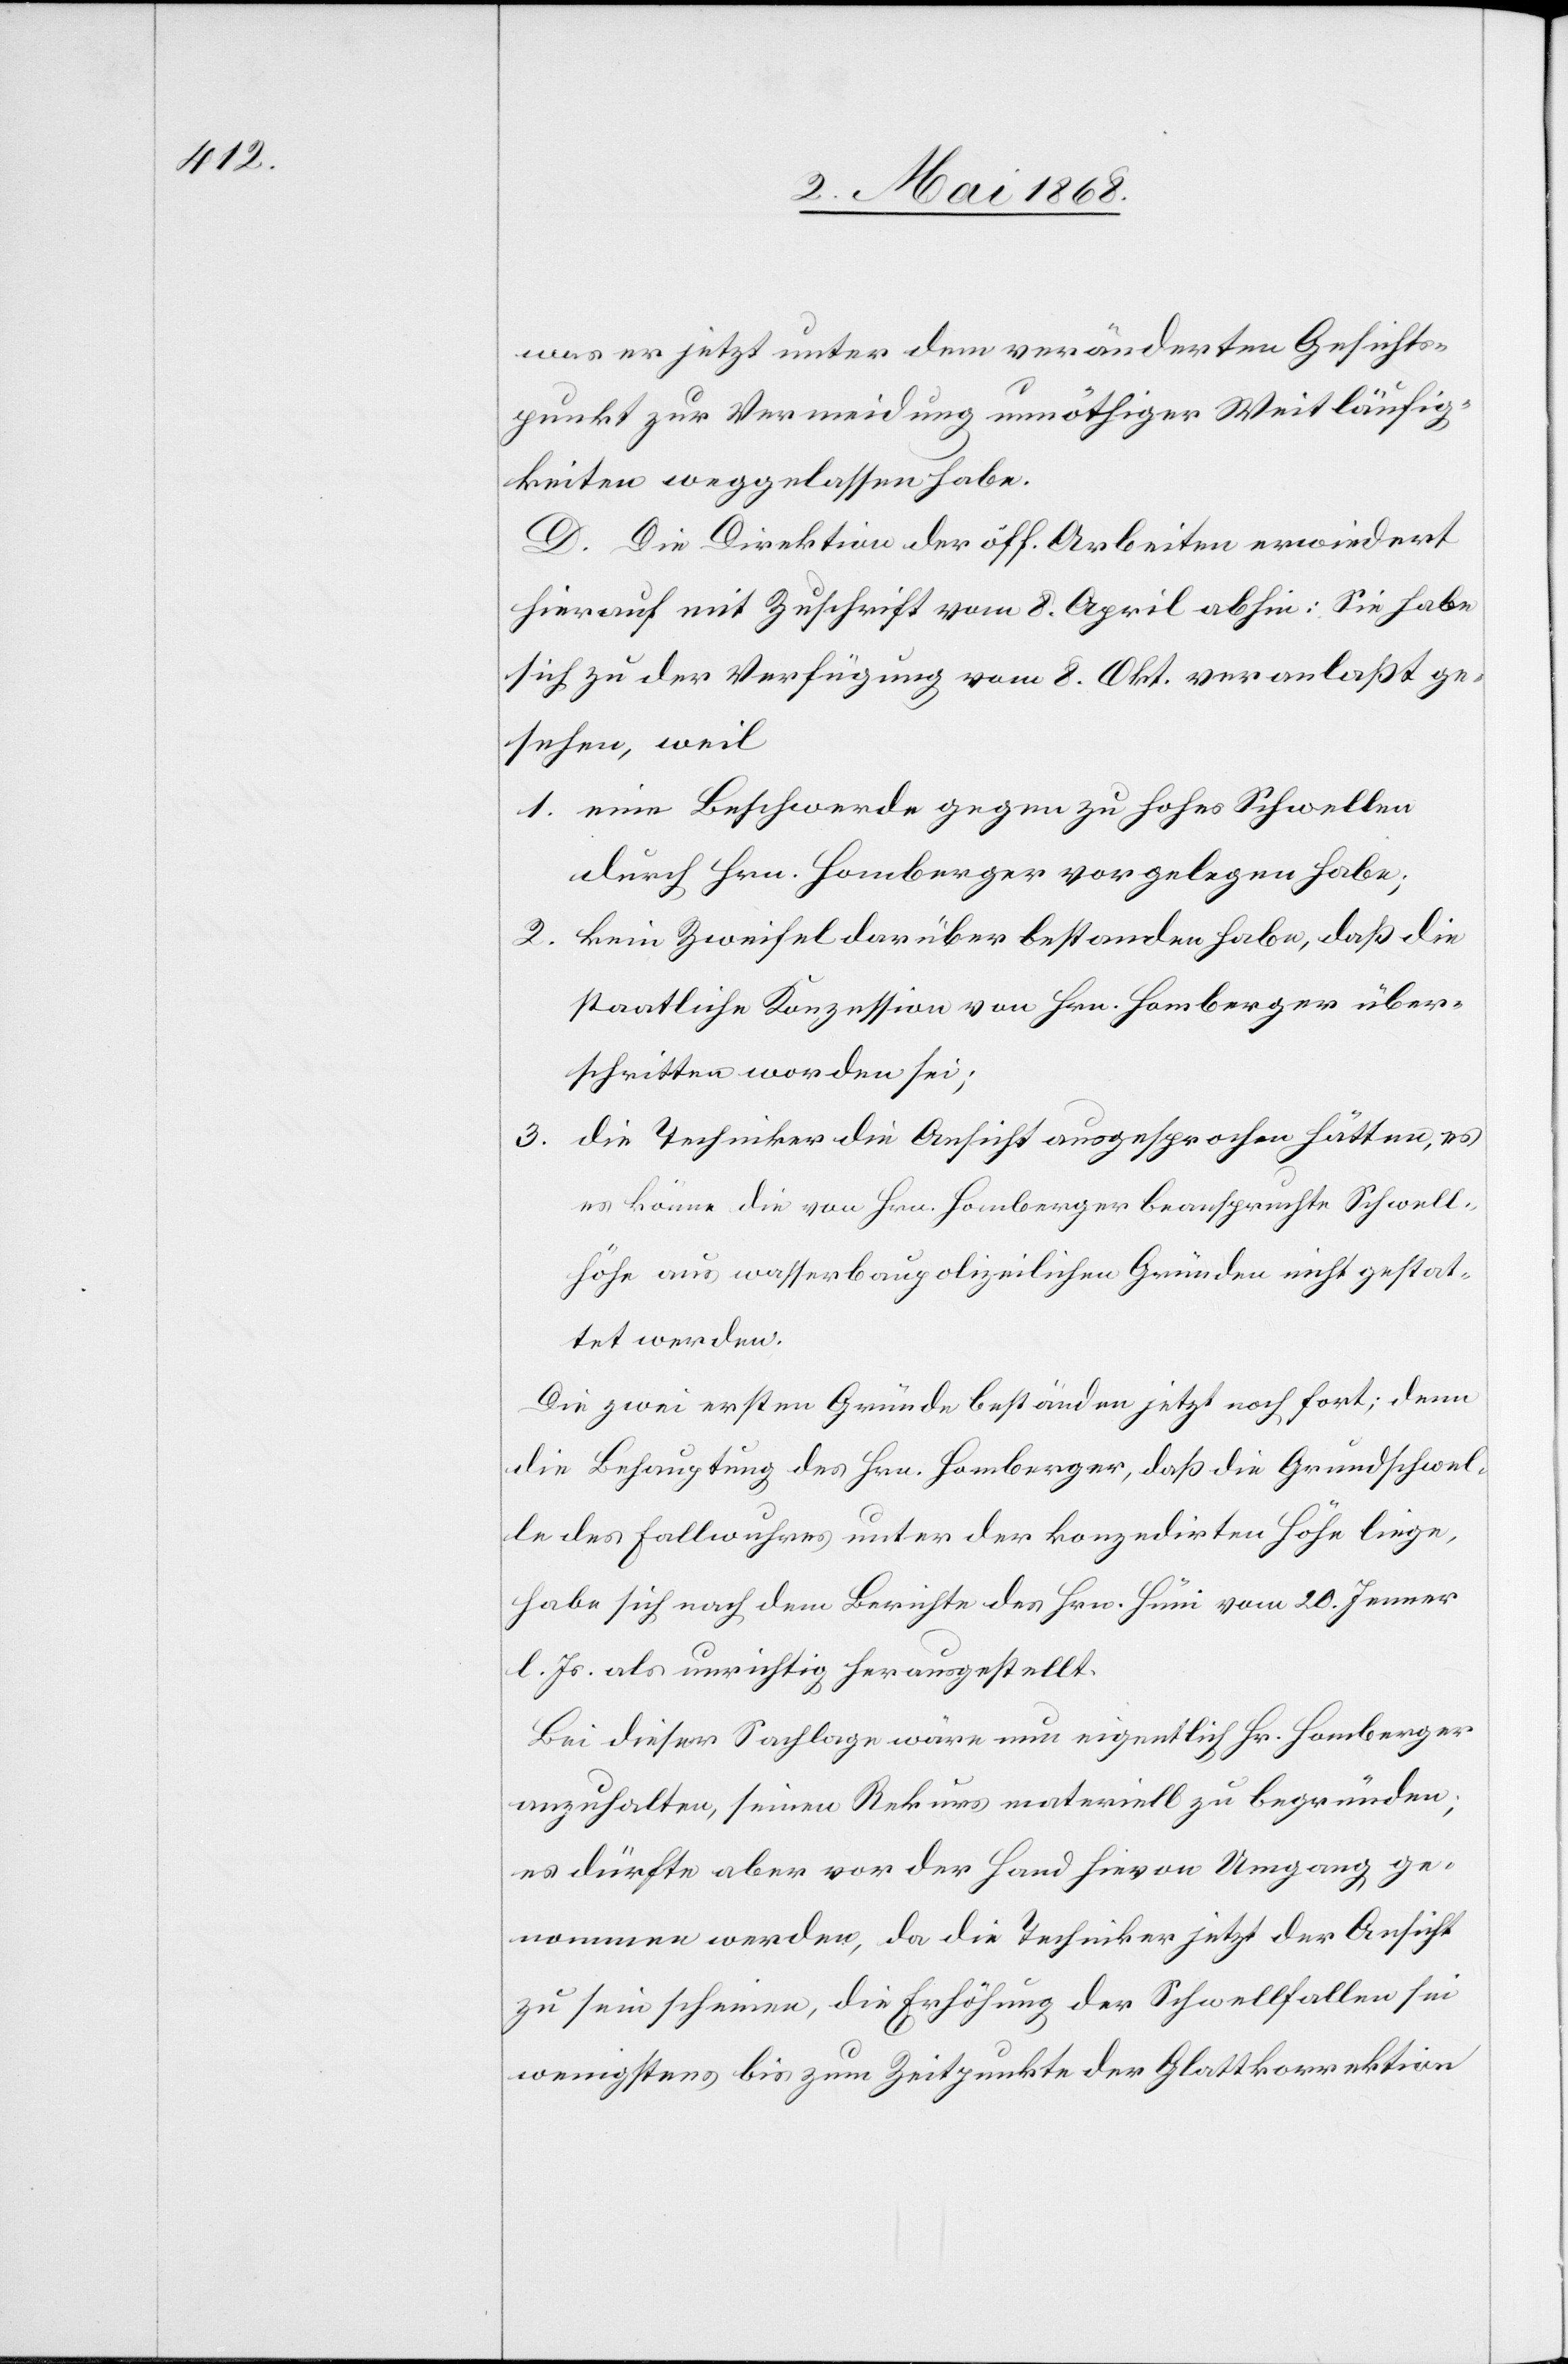
was er jetzt unter dem veränderten Gesichts¬
punkt zur Vermeidung unnöthiger Weitläufig¬
keiten weggelassen habe.
D. Die Direktion der öff. Arbeiten erwiedert
hierauf mit Zuschrift vom 8. April abhin: Sie habe
sich zu der Verfügung vom 8. Okt. veranlaßt ge¬
sehen, weil:
eine Beschwerde gegen zu hohes Schwellen
durch Hrn. Homberger vorgelegen habe;
kein Zweifel darüber bestanden habe, daß die
staatliche Konzession von Hrn. Homberger über¬
schritten worden sei;
die Techniker die Ansicht ausgesprochen hätten, es
könne die von Hrn. Homberger beanspruchte Schwell¬
höhe aus wasserbaupolizeilichen Gründen nicht gestat¬
tet werden.
Die zwei ersten Gründe beständen jetzt noch fort; denn
die Behauptung des Hrn. Homberger, daß die Grundschwel¬
le des Fallwuhres unter der konzedirten Höhe liege,
habe sich nach dem Berichte des Hrn. Hüni vom 20. Jenner
l. Js. als unrichtig herausgestellt.
Bei dieser Sachlage wäre nun eigentlich Hr. Homberger
anzuhalten, seinen Rekurs materiell zu begründen;
es dürfte aber vor der Hand hievon Umgang ge¬
nommen werden, da die Techniker jetzt der Ansicht
zu sein scheinen, die Erhöhung der Schwellfallen sei
wenigstens bis zum Zeitpunkte der Glattkorrektion